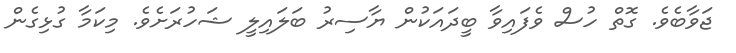
ޖަވާބެވެ. ގޮތް ހުސް ވެފައިވާ ބީދައަކުން ޔާސިރު ބަލައިލީ ޝަހުރަށެވެ. މިކަމާ ގުޅިގެން